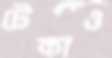
টেকাও